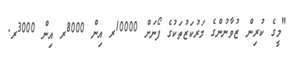
"މީގެ ކުރިން ޒުވާނުންގެ މަރުކަޒުތަކުގެ ފޯނަށް 10000ރ އިން 8000ރ އިން 3000ރ.